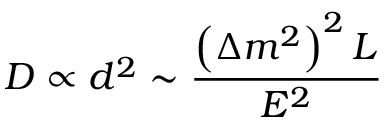
{ \cal D } \propto d ^ { 2 } \sim \frac { \left( \Delta m ^ { 2 } \right) ^ { 2 } L } { E ^ { 2 } }